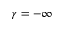
\gamma = - \infty